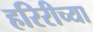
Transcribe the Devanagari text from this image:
हरिरीच्या